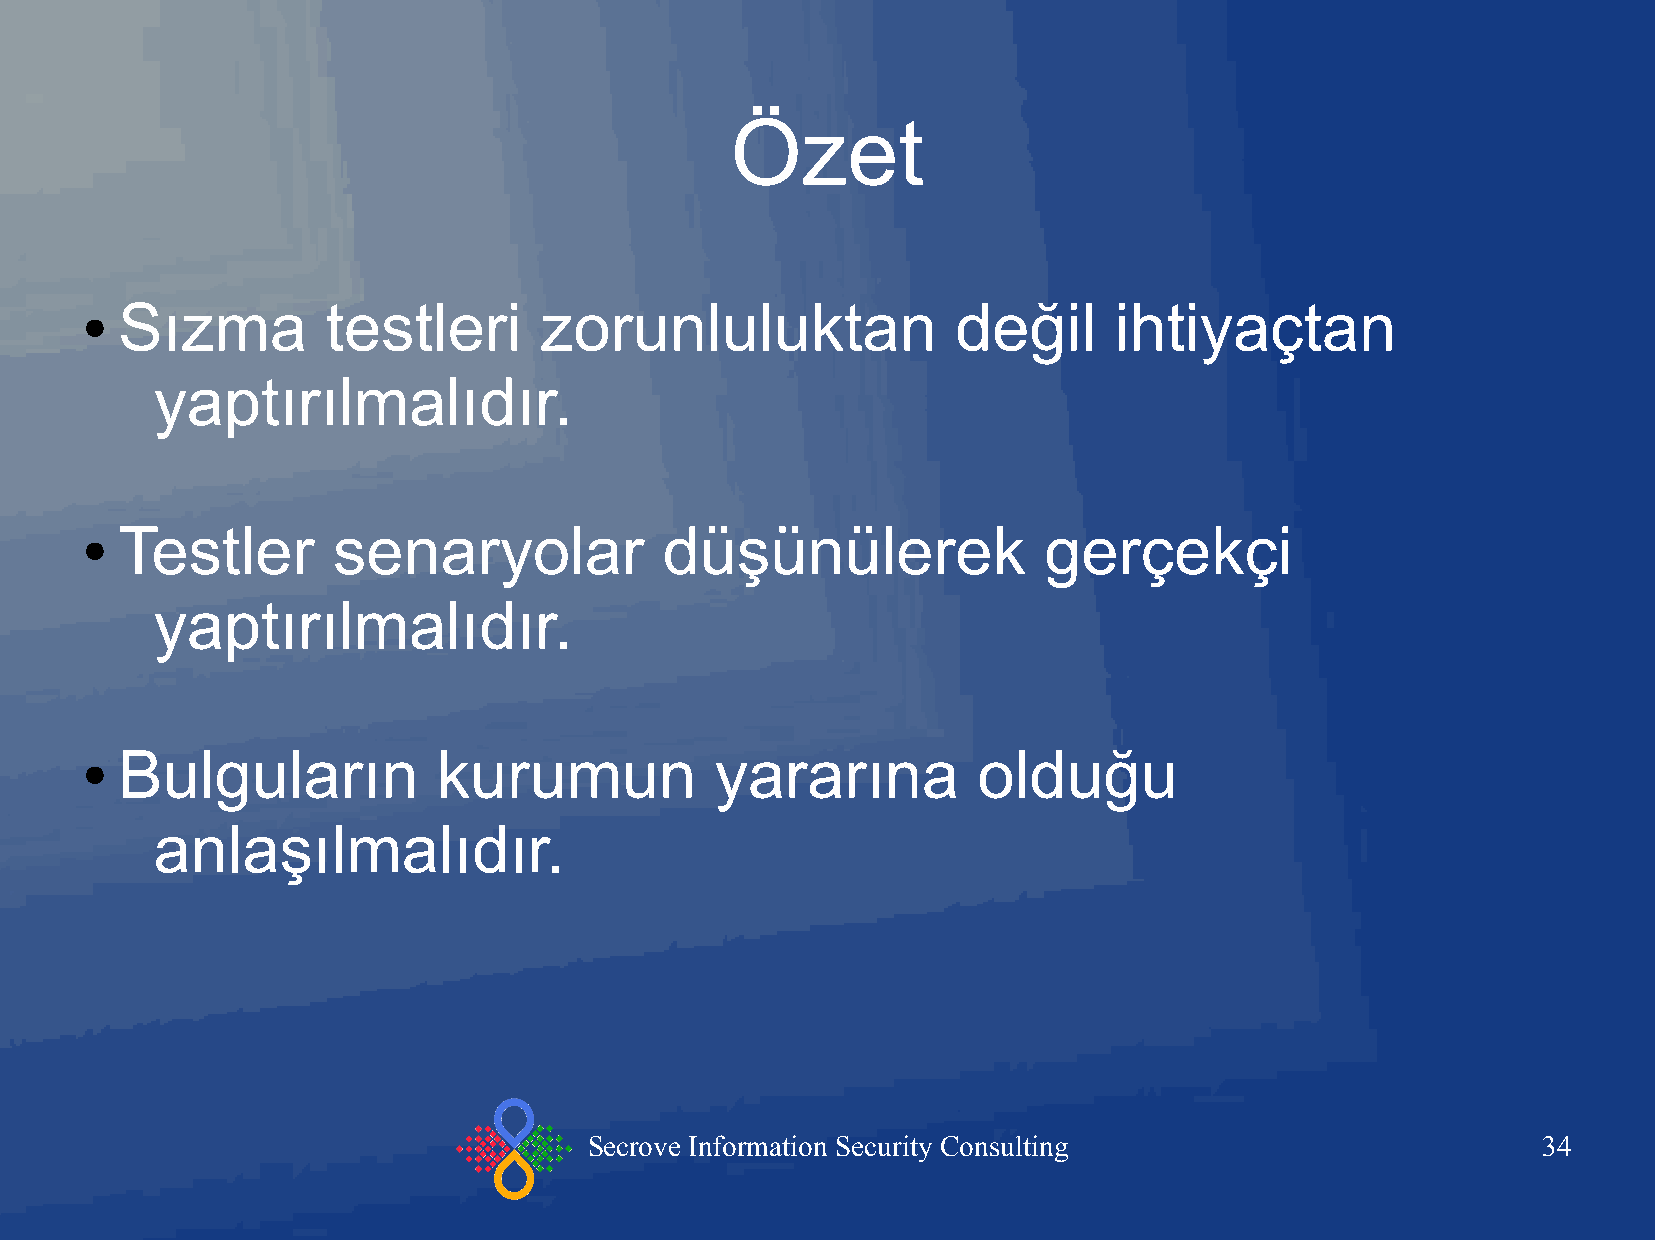
Özet
 Sızma         testleri      zorunluluktan              değil      ihtiyaçtan
 ●
 yaptırılmalıdır.
 Testler       senaryolar            düşünülerek              gerçekçi
 ●
 yaptırılmalıdır.
 Bulguların           kurumun           yararına          olduğu
 ●
 anlaşılmalıdır.
 Secrove Information Security Consulting                        34